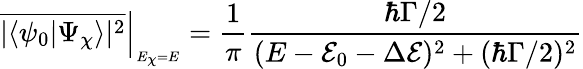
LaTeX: \overline{{|\langle\psi_{0}|\Psi_{\chi}\rangle|^{2}}}\Big|_{_{E_{\chi}=E}}=\frac{1}{\pi}\frac{\hbar\Gamma/2}{(E-\mathcal{E}_{0}-\Delta\mathcal{E})^{2}+(\hbar\Gamma/2)^{2}}